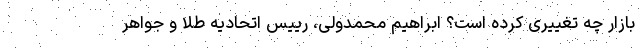
بازار چه تغییری کرده است؟ ابراهیم محمدولی، رییس اتحادیه طلا و جواهر